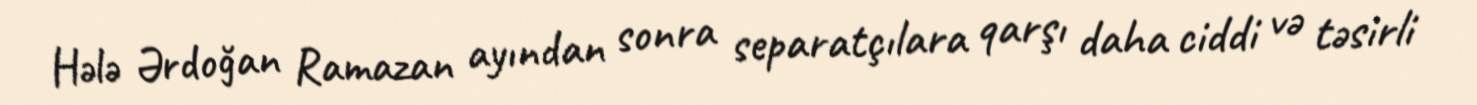
Hələ Ərdoğan Ramazan ayından sonra separatçılara qarşı daha ciddi və təsirli